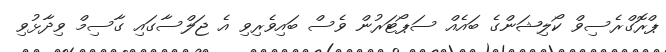
ޕްރޮގްރެސިވް ކޯލިޝަންގެ ބައެއް ސަޕޯޓަރުން ވެސް ބައިވެރިވި އެ ޖަލްސާގައި ގާސިމް ވިދާޅުވި